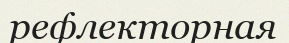
рефлекторная